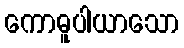
ကောဓူပါယာသော